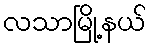
လသာမြို့နယ်